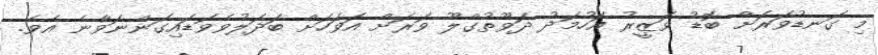
މި ގަނޑުވަރަށް ބޮޑު ވަޒީރު އަހުމަދު ދަވޫތުގްލޫ ވަރަށް އަވަހަށް ބަދަލުވެވަޑައިގަންނަވާނެ އެވެ.